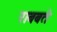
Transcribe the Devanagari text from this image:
राबबते